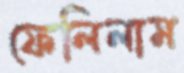
ফেলিলাম